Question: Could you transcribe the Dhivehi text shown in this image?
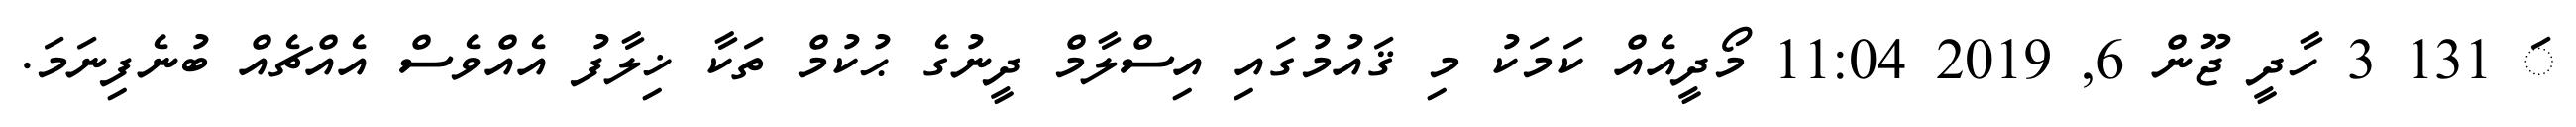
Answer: ަ 131 3 ހާދީ ޖޫން 6, 2019 11:04 މޯދީއެއް ކަމަކު މި ޤައުމުގައި އިސްލާމް ދީނުގެ ޙުކުމް ތަކާ ޚިލާފު އެއްވެސް އެއްޗެއް ބުނެފިނަމަ.